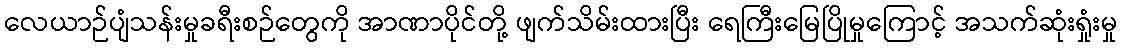
လေယာဉ်ပျံသန်းမှုခရီးစဉ်တွေကို အာဏာပိုင်တို့ ဖျက်သိမ်းထားပြီး ရေကြီးမြေပြိုမှုကြောင့် အသက်ဆုံးရှုံးမှု